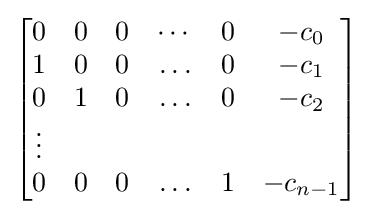
{\begin{bmatrix}0&0&0&\cdots &0&-c_{0}\\1&0&0&\ldots &0&-c_{1}\\0&1&0&\ldots &0&-c_{2}\\\vdots &&&&&\\0&0&0&\ldots &1&-c_{n-1}\end{bmatrix}}